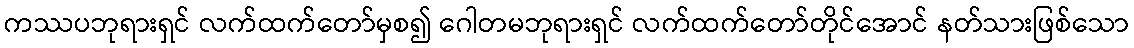
ကဿပဘုရားရှင် လက်ထက်တော်မှစ၍ ဂေါတမဘုရားရှင် လက်ထက်တော်တိုင်အောင် နတ်သားဖြစ်သော